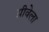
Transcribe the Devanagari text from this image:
ग्रीवेला